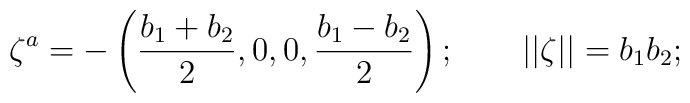
\zeta^a = -\left({b_1+b_2\over2},0,0, {b_1-b_2\over2}\right); \qquad||\zeta|| = b_1 b_2;